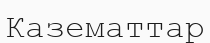
Казематтар